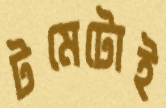
টমেটোই